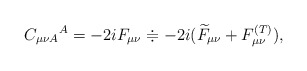
\begin{align*}C_{\mu \nu A}{}^{A}=-2iF_{\mu \nu }\doteqdot -2i(\widetilde{F}_{\mu \nu}+F_{\mu \nu }^{{\footnotesize (T)}}), \end{align*}